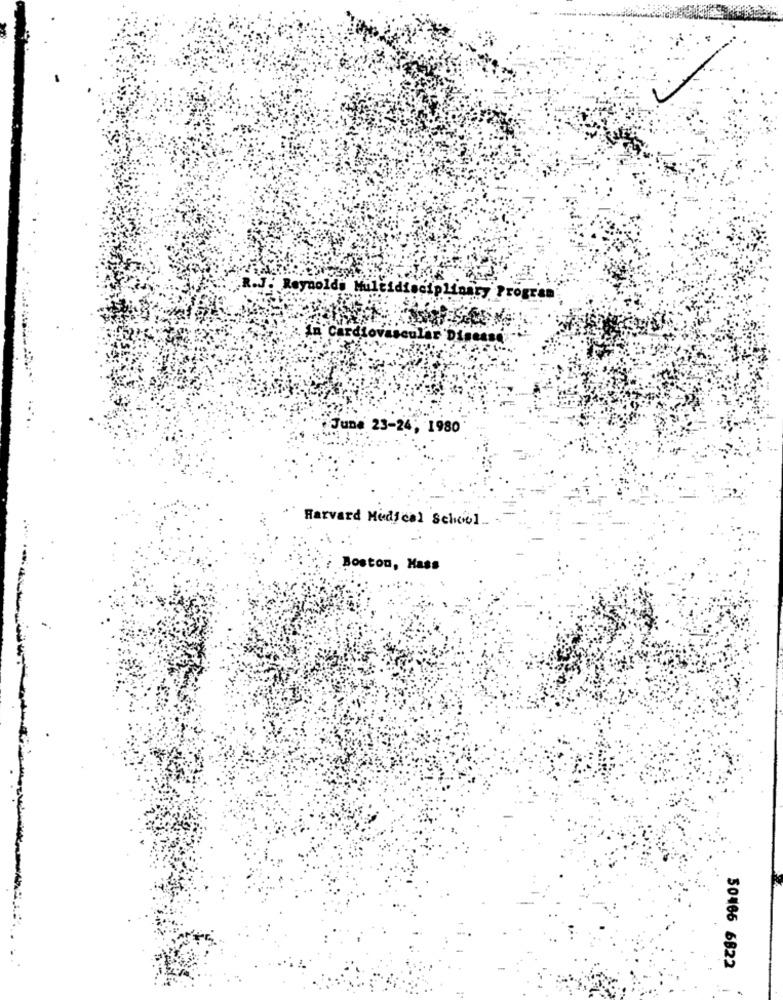
R.J. Reynolds Multidisciplinary Progr
cular Disease'
June 23-24; 1980'
Harvard Medical School_
Boston, Mass
50466 6822